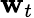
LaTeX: \mathbf{w}_{t}